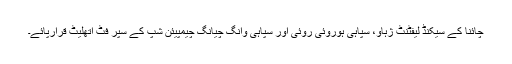
چائنا کے سیکنڈ لیفٹنٹ ژہاو، سپاہی ہوروئی روئی اور سپاہی وانگ چیانگ چیمپیئن شپ کے سپر فٹ اتھلیٹ قرارپائے۔